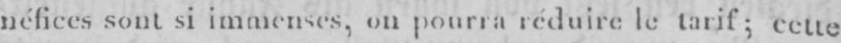
néficessont si immenses, onpourraréduire le tarif; cette